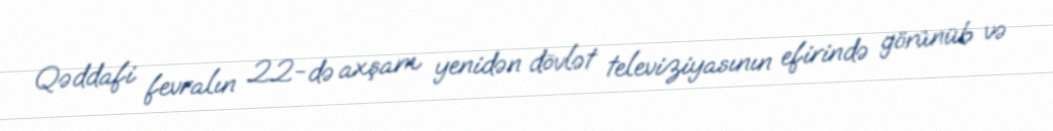
Qəddafi fevralın 22-də axşam yenidən dövlət televiziyasının efirində görünüb və